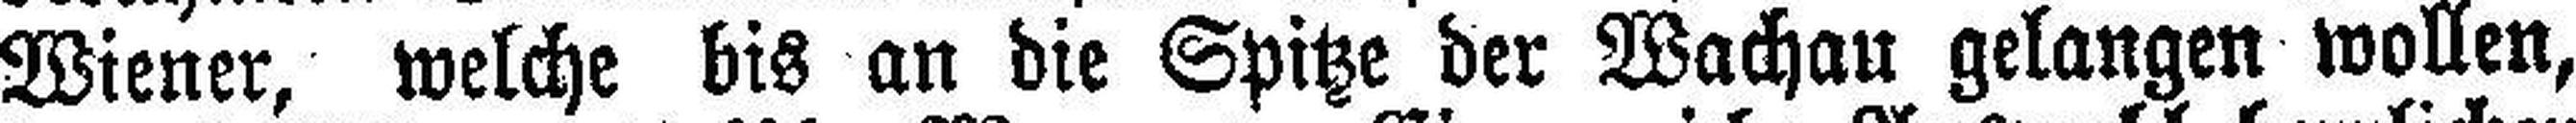
Wiener, welche bis an die Spitze der Wachau gelangen wollen,